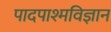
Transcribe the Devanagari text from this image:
पादपाश्मविज्ञान